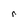
Character: r